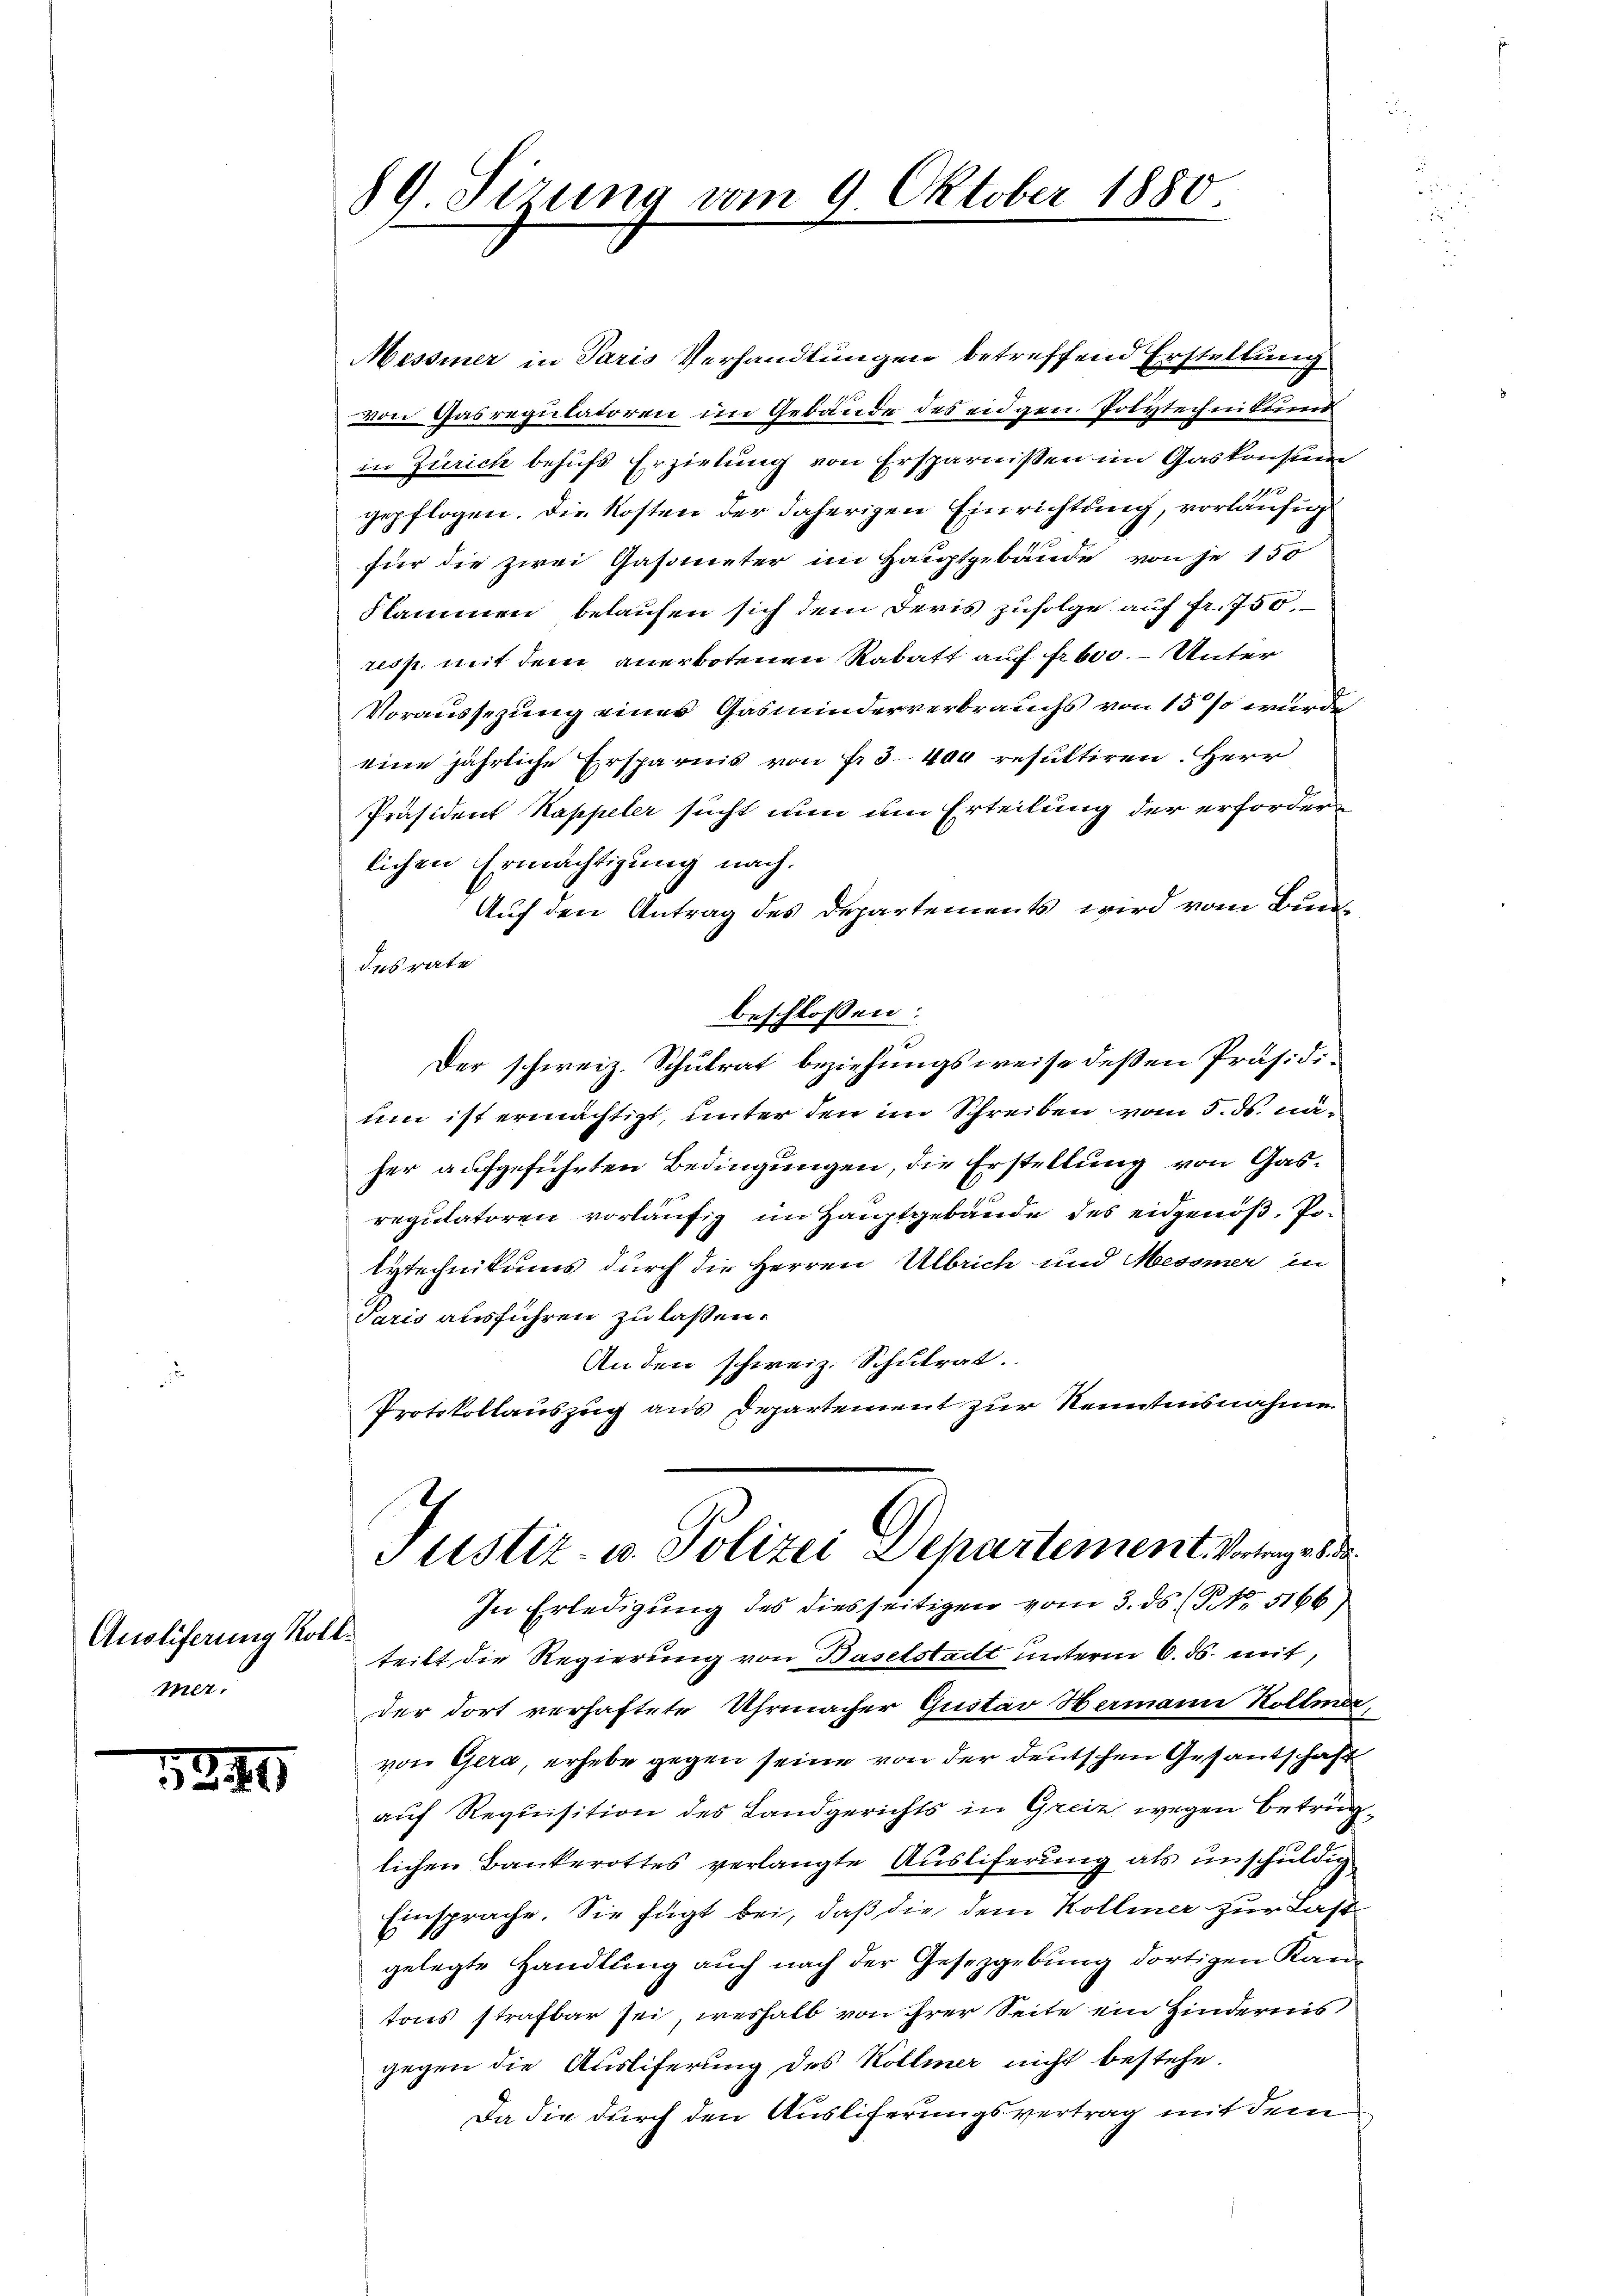
Ausliferung Kollmer.

1340

89 Sirung vom 9. Oktober 1880

Messiner in Paris Verhandlungen betreffend Erstellung
von Gasregulatoren im Gebäude des eidgen. Polytechnikums
in Zürich behufs Erzielung von Ersparnissen im Gaskonsum
d
gepflogen. Die Kosten der daherigen Einrichtung, vorläufig
für die zwei Gasometer im Hauptgebäude von je 150
Flammen belaufen sich dem Devis zufolge auf fr. 750.
resp. mit dem anerbotenen Rabatt auf fr. 600. - Unter
Voraussezung eines Gasminderverbrauchs von 15 % wurde
eine jährliche Ersparnis von Fr. 3400 resultiren. Herr
Präsident Kappeler sucht nun um Erteilung der erforderlichen Ermächtigung nach.
Auf den Antrag des Departements wird vom Bundes rate
beschlossen:
Der schweiz. Schulrat beziehungsweise deßen Präsidium ist ermächtigt, unter den im Schreiben vom 5. ds. näher aufgeführten Bedingungen, die Erstellung von Gasreputatoren vorläufig im Hauptgebäude des eidgenoß, Polytechnikums durch die Herren Ulbrich und Messner in
Paris ausführen zu laßen.
An den schweiz. Schulrat.
Protokollauszug aus Departement zur Nenntnisnahme
Justiz- u. Polizei Departement. Vorlege die
In Erledigung des diesseitigen vom 3. ds. (NNo. 5166)
teilt die Regierung von Baselstadt unterm 6. ds. mit,
der dort verhaftete Uhrmacher Gustav Hermann Kollmer,
von Gera, erhebe gegen seine von der deutschen Gesantschaft
auf Requisition des Landgerichts in Greiz wegen Betruglichen Bankerottes verlangte Ausliferung als unschuldig
Einsprache. Sie fügt bei, daß die dem Kolliner zur Lastgelegte Handlung auch nach der Gesetzgebung dortigen Kantons strafbar sei, weshalb von ihrer Seite ein Hindernis
gegen die Ausliferung des Kollmer nicht bestehe.
Da die durch den Ausliferungsvertrag mit dem